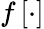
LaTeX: f\left[\cdot\right]